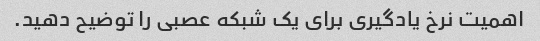
اهمیت نرخ یادگیری برای یک شبکه عصبی را توضیح دهید.